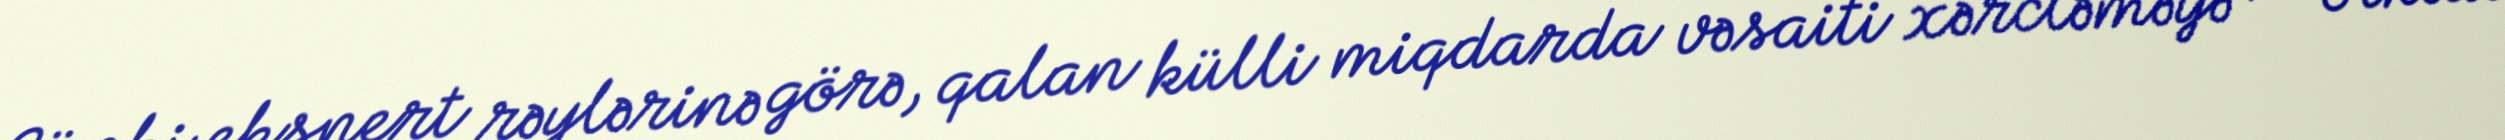
Çünki ekspert rəylərinə görə, qalan külli miqdarda vəsaiti xərcləməyə nə ölkədə